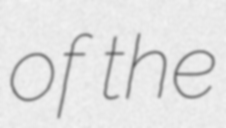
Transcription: of the